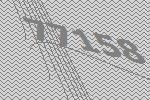
77158